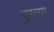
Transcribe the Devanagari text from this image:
पुरत्या